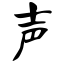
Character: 声